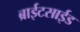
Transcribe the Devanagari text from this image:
ब्राईटसाईड